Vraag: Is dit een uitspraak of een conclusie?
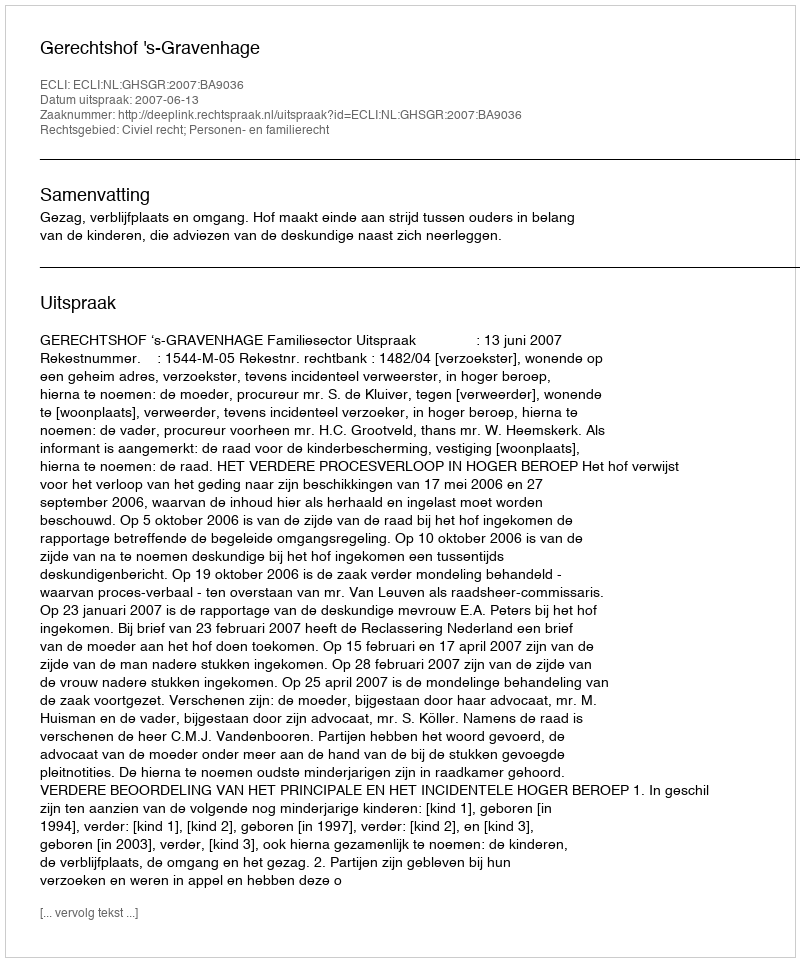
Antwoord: Uitspraak